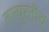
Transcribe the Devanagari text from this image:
तात्पुरतीच